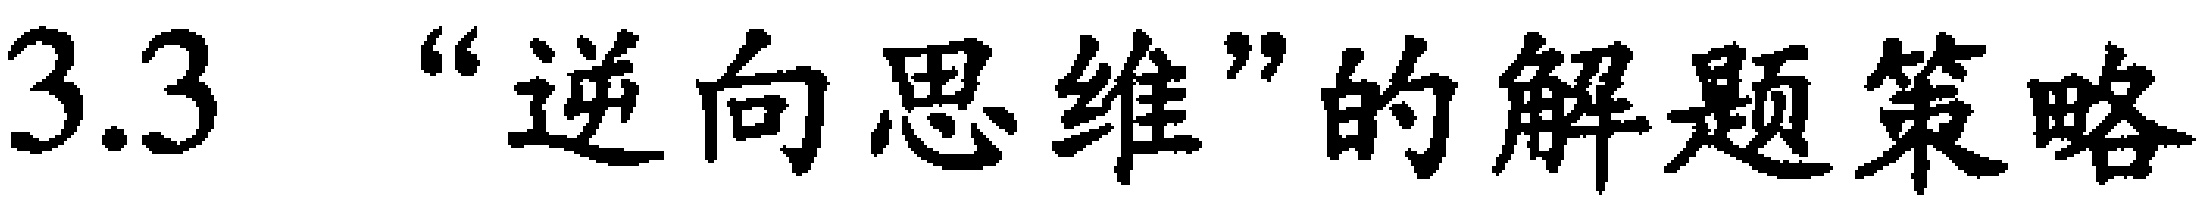
3.3 “逆向思维”的解题策略